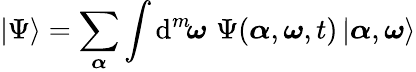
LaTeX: |\Psi\rangle=\sum_{\boldsymbol{\alpha}}\int\mathrm{d}^{m}\! {\boldsymbol{\omega}}\, \, \Psi({\boldsymbol{\alpha}},{\boldsymbol{\omega}},t)\, |{\boldsymbol{\alpha}},{\boldsymbol{\omega}}\rangle